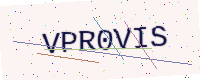
Text: VPR0VIS